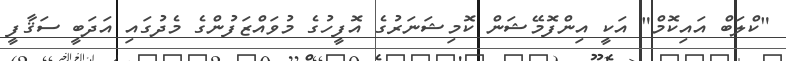
"ކްލަބް އައިކޮމް" އަކީ އިންފޮމޭޝަން ކޮމިޝަނަރުގެ އޮފީހުގެ މުވައްޒަފުންގެ މެދުގައި އަދަބީ ސަޤާފީ